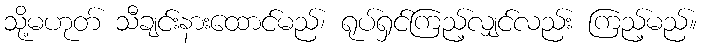
သို့မဟုတ် သီချင်းနားထောင်မည်၊ ရုပ်ရှင်ကြည့်လျှင်လည်း ကြည့်မည်။